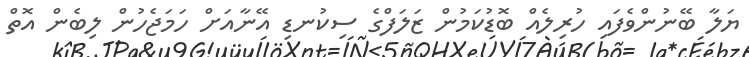
ޔަލާ ބޭނުންވެފައި ހުރިލެއް ބޮޑުކަމުން ޒަލަފްގެ ސިކުނޑި އޭނާއަށް ހަމަޖެހުން ލިބެން އޮތް